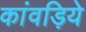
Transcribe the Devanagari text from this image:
कांवड़िये